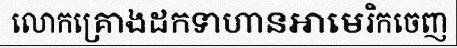
លោកគ្រោងដកទាហានអាមេរិកចេញ